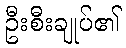
ဦးစီးချုပ်၏